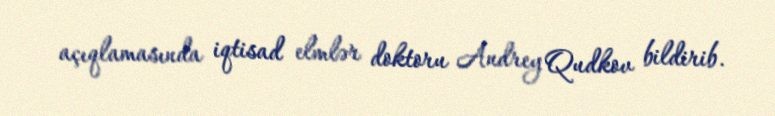
açıqlamasında iqtisad elmlər doktoru Andrey Qudkov bildirib.